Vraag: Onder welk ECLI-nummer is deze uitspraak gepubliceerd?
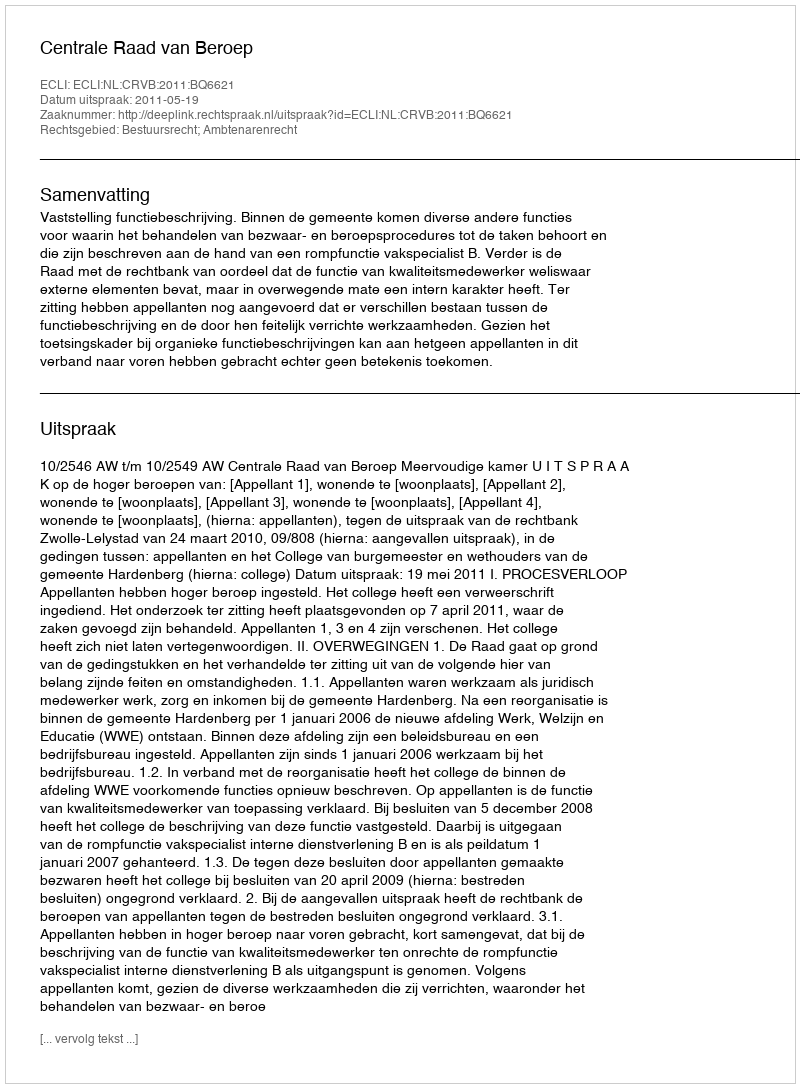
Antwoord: ECLI:NL:CRVB:2011:BQ6621